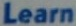
Learn